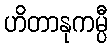
ဟိတာနုကမ္ပီ